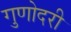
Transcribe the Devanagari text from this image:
गुणोदरी